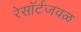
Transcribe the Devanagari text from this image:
रेसॉर्टजवळ